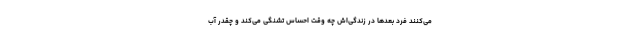
می‌کنند فرد بعدها در زندگی‌اش چه وقت احساس تشنگی می‌کند و چقدر آب